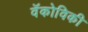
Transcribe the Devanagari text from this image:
वॅकोविकी